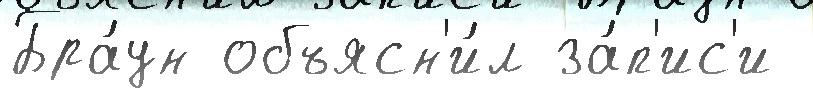
Бра́ун объясн'и́л за́п'ис'и